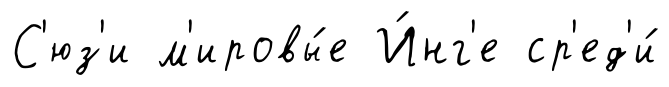
С'юз'и м'ировы́е И́нг'е ср'ед'и́